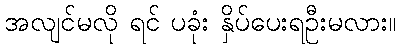
အလျင်မလို ရင် ပခုံး နှိပ်ပေးရဦးမလား။